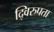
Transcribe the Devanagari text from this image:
द्विरुपता